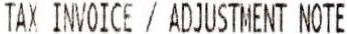
TAX INVOICE / ADJUSTMENT NOTE